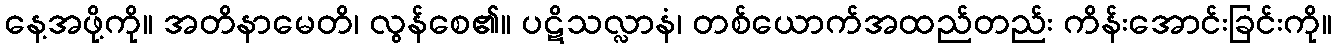
နေ့အဖို့ကို။ အတိနာမေတိ၊ လွန်စေ၏။ ပဋိသလ္လာနံ၊ တစ်ယောက်အထည်တည်း ကိန်းအောင်းခြင်းကို။